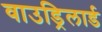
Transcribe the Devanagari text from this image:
वाउड्रिलार्ड